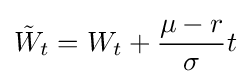
{\tilde {W}}_{t}=W_{t}+{\frac {\mu -r}{\sigma }}t